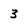
Character: 3